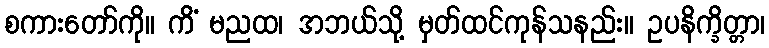
စကားတော်ကို။ ကိံ မညထ၊ အဘယ်သို့ မှတ်ထင်ကုန်သနည်း။ ဥပနိက္ခိတ္တာ၊